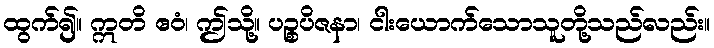
ထွက်၍။ ဣတိ ဧဝံ၊ ဤသို့။ ပဉ္စပိဇနာ၊ ငါးယောက်သောသူတို့သည်လည်း။